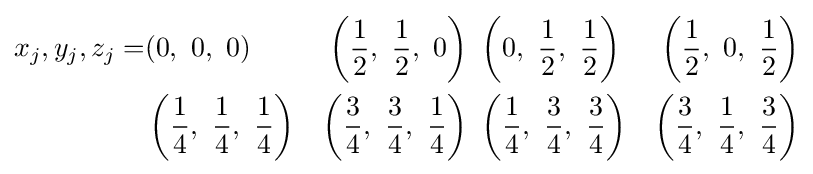
{\begin{aligned}x_{j},y_{j},z_{j}=&(0,\ 0,\ 0)&\left({\frac {1}{2}},\ {\frac {1}{2}},\ 0\right)\ &\left(0,\ {\frac {1}{2}},\ {\frac {1}{2}}\right)&\left({\frac {1}{2}},\ 0,\ {\frac {1}{2}}\right)\\&\left({\frac {1}{4}},\ {\frac {1}{4}},\ {\frac {1}{4}}\right)&\left({\frac {3}{4}},\ {\frac {3}{4}},\ {\frac {1}{4}}\right)\ &\left({\frac {1}{4}},\ {\frac {3}{4}},\ {\frac {3}{4}}\right)&\left({\frac {3}{4}},\ {\frac {1}{4}},\ {\frac {3}{4}}\right)\\\end{aligned}}